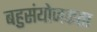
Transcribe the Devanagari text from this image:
बहुसंयोजकता